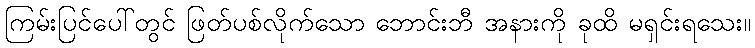
ကြမ်းပြင်ပေါ်တွင် ဖြတ်ပစ်လိုက်သော ဘောင်းဘီ အနားကို ခုထိ မရှင်းရသေး။